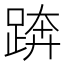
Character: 𨁼